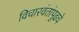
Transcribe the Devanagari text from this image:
विचारवंतांपुढचे